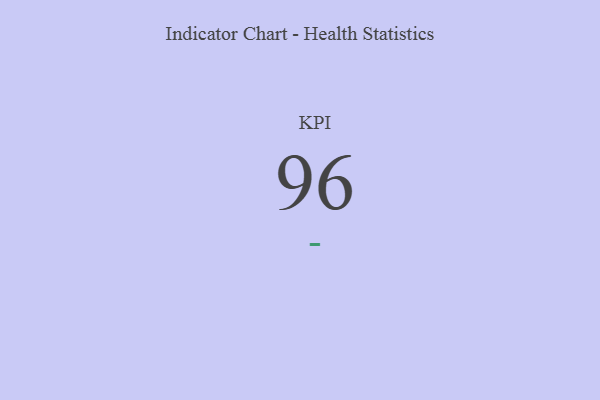
{"axis": {"x": "KPI", "y": "Value"}, "legend": [""], "data": [{"x": "KPI", "y": 96, "type": ""}]}